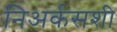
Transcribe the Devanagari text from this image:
निअर्कसशी